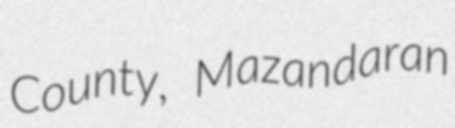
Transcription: County, Mazandaran